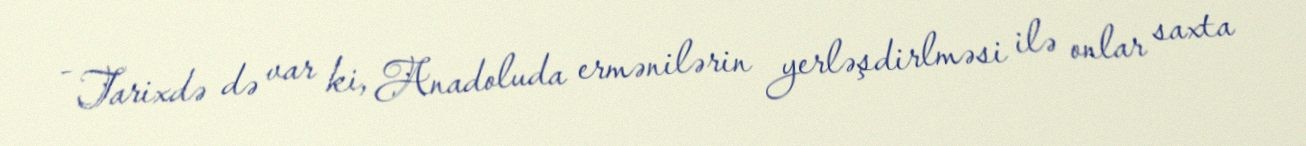
- Tarixdə də var ki, Anadoluda ermənilərin yerləşdirlməsi ilə onlar saxta